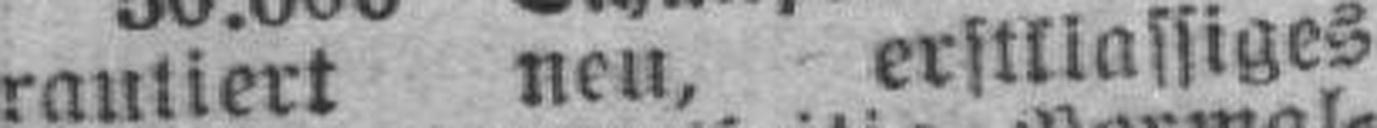
rantiert neu, erstklassiges